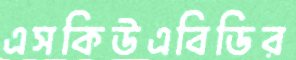
এসকিউএবিডির